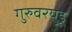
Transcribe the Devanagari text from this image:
गुरुवरयुडू